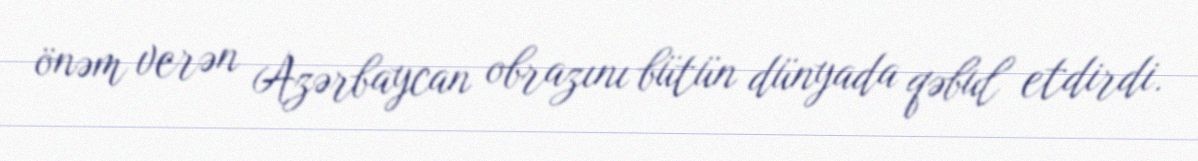
önəm verən Azərbaycan obrazını bütün dünyada qəbul etdirdi.